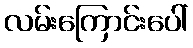
လမ်းကြောင်းပေါ်